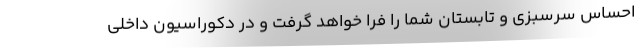
احساس سرسبزی و تابستان شما را فرا خواهد گرفت و در دکوراسیون داخلی